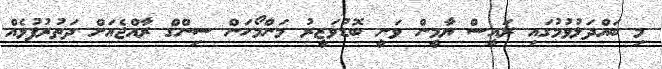
މި ބައްދަލުވުމުގައި ރައީސް ޔާމީން ވަނީ ބޮޑުވަޒީރު މަންމޯހަން ސިންގް ރާއްޖެއަށް ދަތުރުފުޅެއް